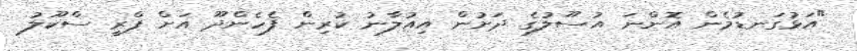
"އަޅުގަނޑުމެން އޮންނަ އުސޫލުގެ ދަށުން އިއުލާނު ކުރިން ފެހެންދޫ އަށް ޕްރީ ސްކޫލު